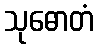
သုဓောတံ